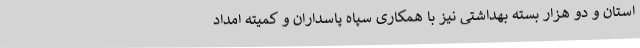
استان و دو هزار بسته بهداشتی نیز با همکاری سپاه پاسداران و کمیته امداد